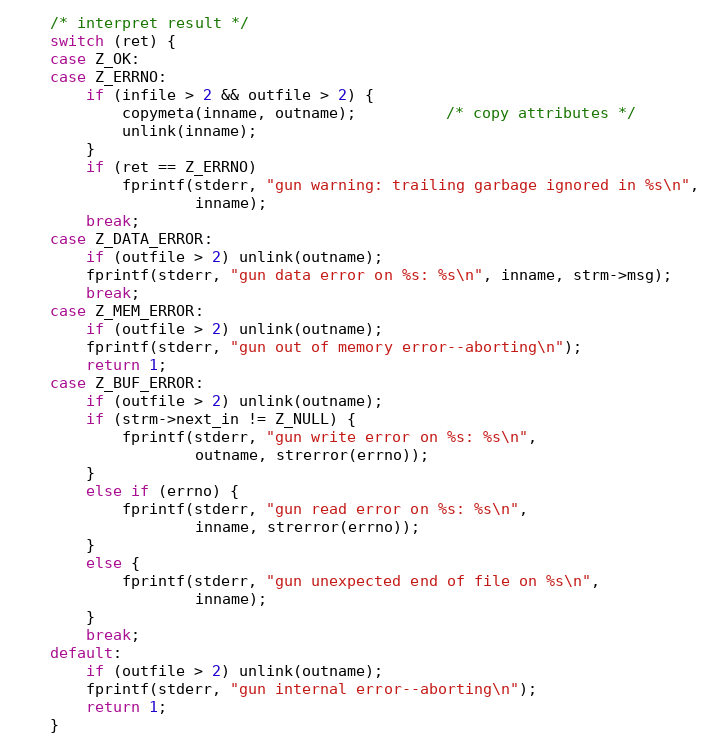
Language: C
    /* interpret result */
    switch (ret) {
    case Z_OK:
    case Z_ERRNO:
        if (infile > 2 && outfile > 2) {
            copymeta(inname, outname);          /* copy attributes */
            unlink(inname);
        }
        if (ret == Z_ERRNO)
            fprintf(stderr, "gun warning: trailing garbage ignored in %s\n",
                    inname);
        break;
    case Z_DATA_ERROR:
        if (outfile > 2) unlink(outname);
        fprintf(stderr, "gun data error on %s: %s\n", inname, strm->msg);
        break;
    case Z_MEM_ERROR:
        if (outfile > 2) unlink(outname);
        fprintf(stderr, "gun out of memory error--aborting\n");
        return 1;
    case Z_BUF_ERROR:
        if (outfile > 2) unlink(outname);
        if (strm->next_in != Z_NULL) {
            fprintf(stderr, "gun write error on %s: %s\n",
                    outname, strerror(errno));
        }
        else if (errno) {
            fprintf(stderr, "gun read error on %s: %s\n",
                    inname, strerror(errno));
        }
        else {
            fprintf(stderr, "gun unexpected end of file on %s\n",
                    inname);
        }
        break;
    default:
        if (outfile > 2) unlink(outname);
        fprintf(stderr, "gun internal error--aborting\n");
        return 1;
    }